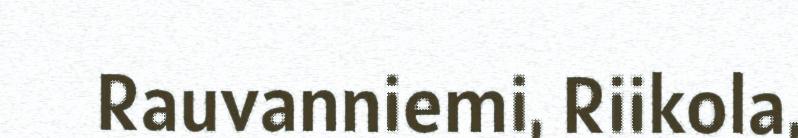
Rauvanniemi, Riikola,